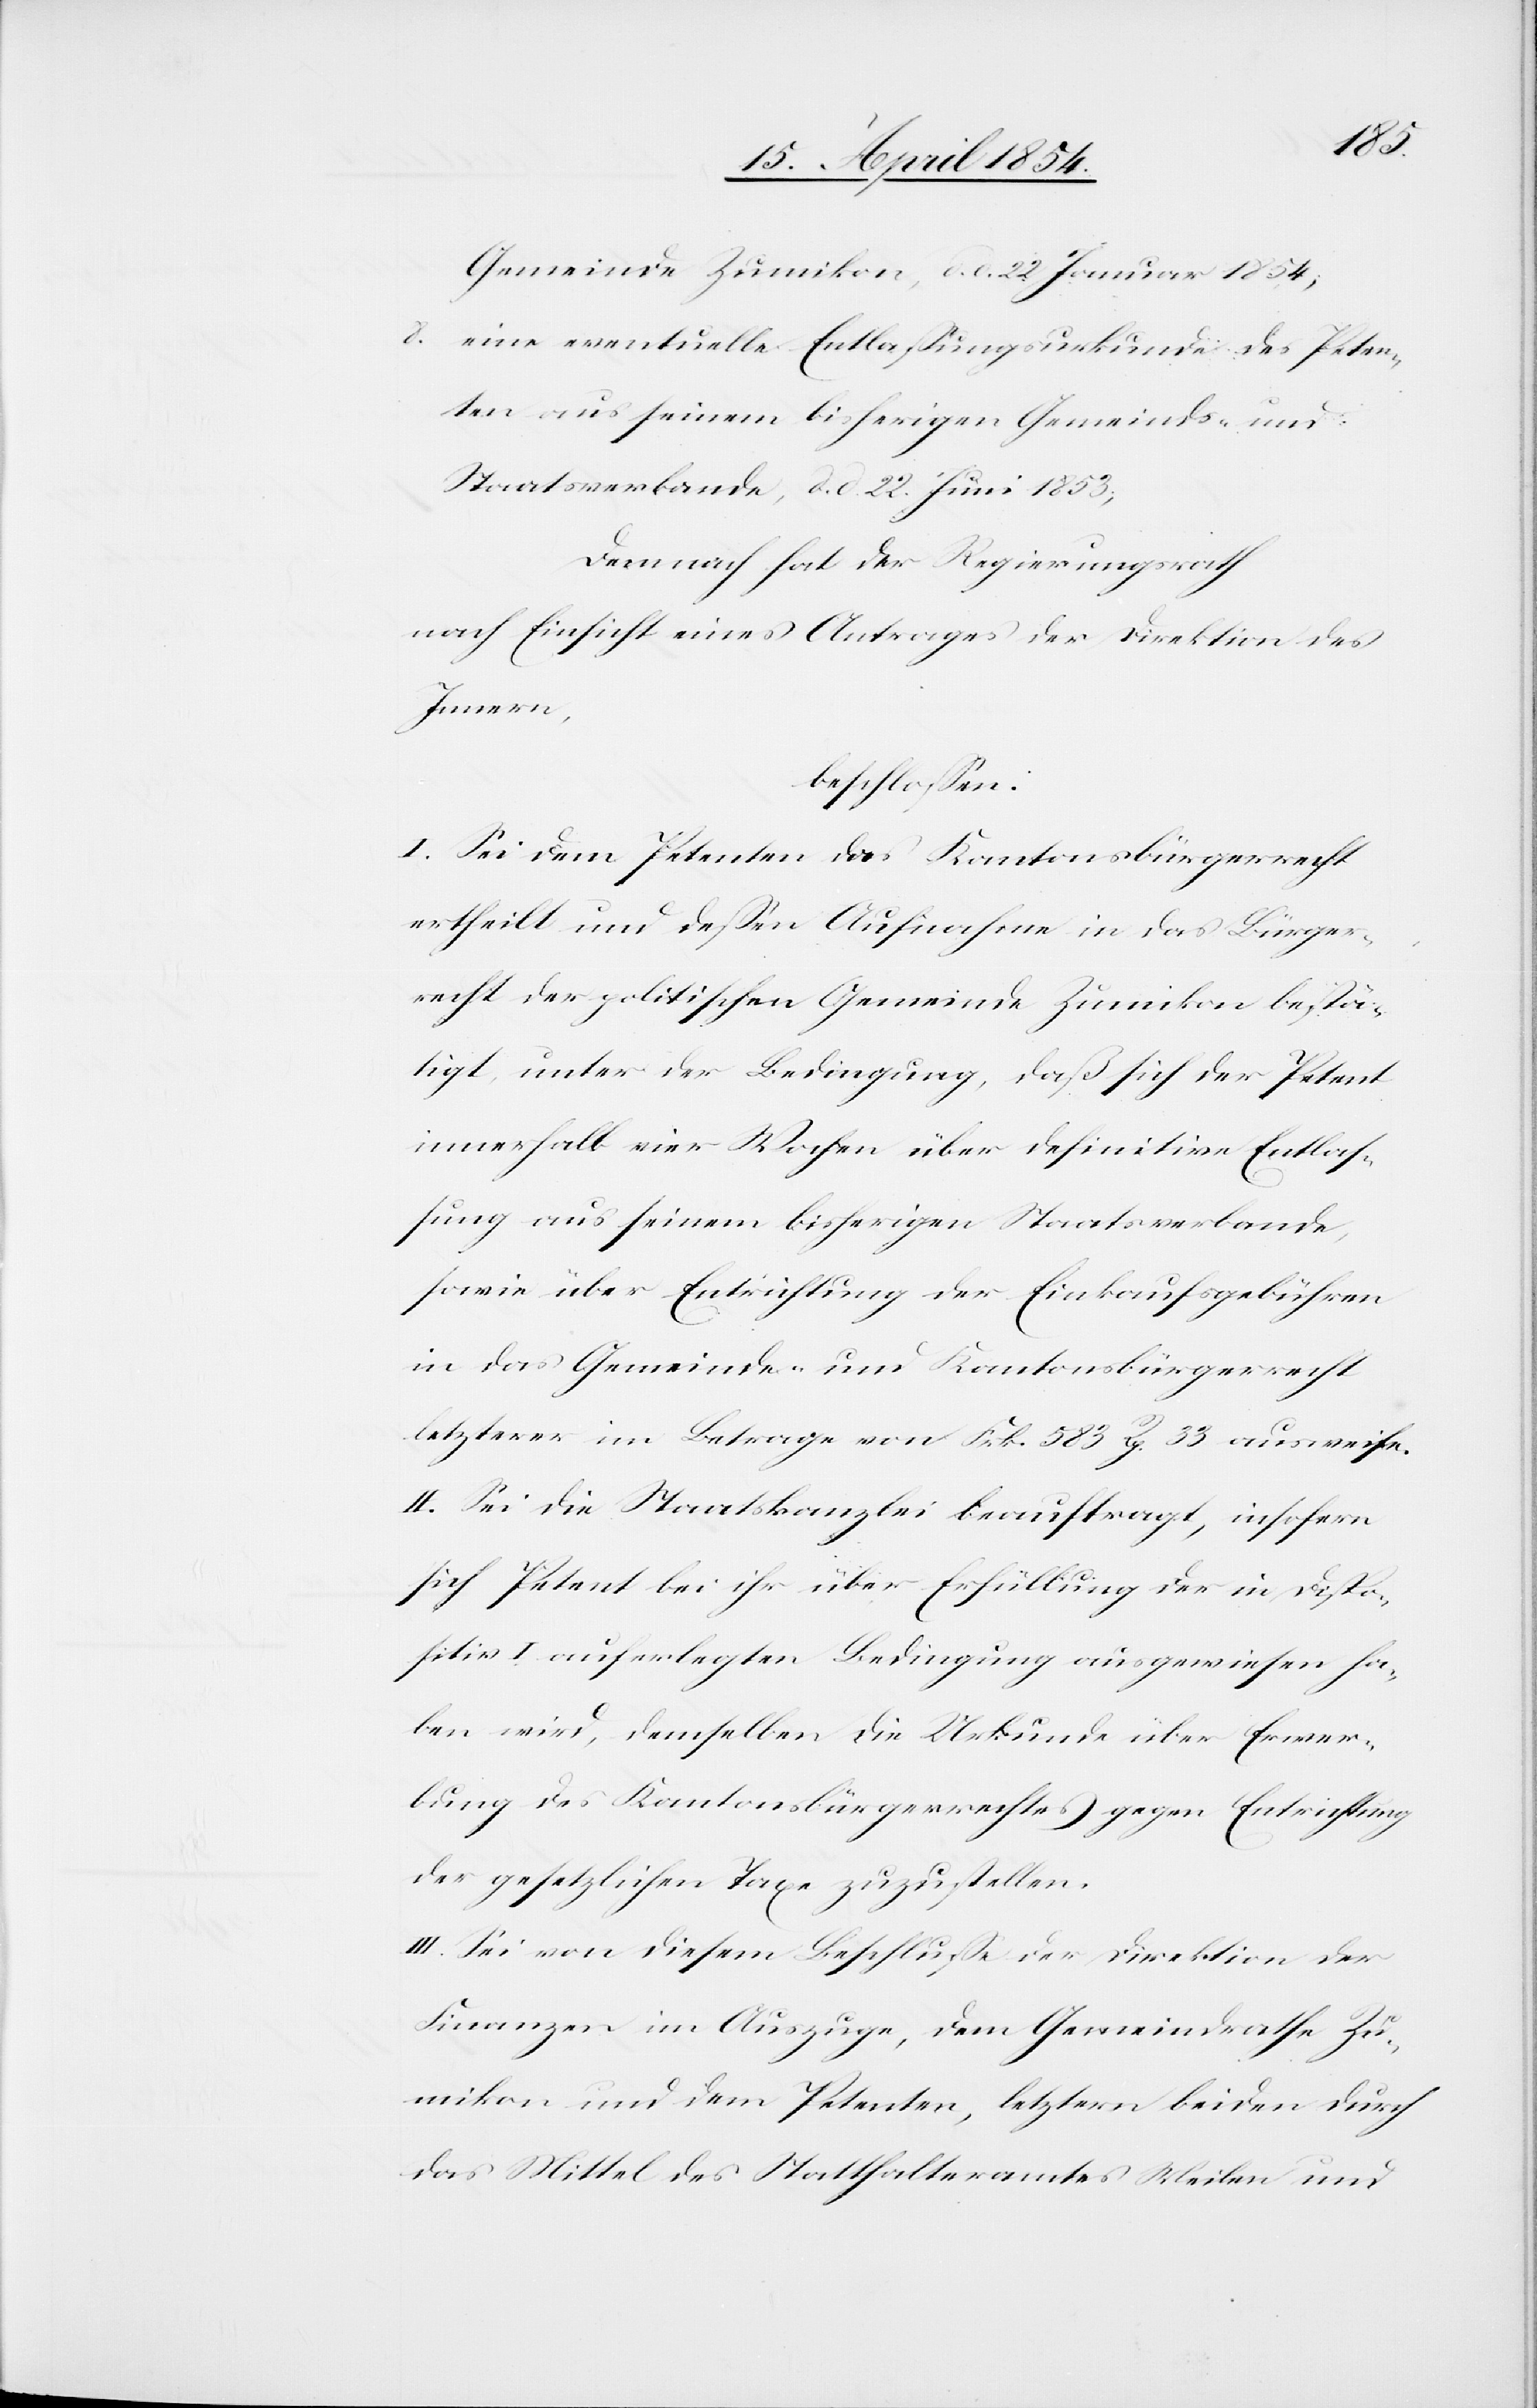
Gemeinde Zumikon, d. d. 22. Januar 1854;
8. eine eventuelle Entlaßungsurkunde des Peten¬
ten aus seinem bisherigen Gemeinds- und
Staatsverbande, d. d. 22. Juni 1853;
Demnach hat der Regierungsrath
nach Einsicht eines Antrages der Direktion des
Innern,
beschloßen:
I. Sei dem Petenten das Kantonsbürgerrecht
ertheilt und deßen Aufnahme in das Bürger¬
recht der politischen Gemeinde Zumikon bestä¬
tigt, unter der Bedingung, daß sich der Petent
innerhalb vier Wochen über definitive Entlaß¬
ung aus seinem bisherigen Staatsverbande
sowie über Entrichtung der Einkaufsgebühren
in das Gemeinde- und Kantonsbürgerrecht
letztere im Betrage von Frk. 583 Rp. 33 ausweise.
II. Sei die Staatskanzlei beauftragt, insofern
sich Petent bei ihr über Erfüllung der in Dispo¬
sitiv I auferlegten Bedingung ausgewiesen ha¬
ben wird, demselben die Urkunde über Erwer¬
bung des Kantonsbürgerrechtes gegen Entrichtung
der gesetzlichen Taxe zuzustellen.
III. Sei von diesem Beschluße der Direktion der
Finanzen im Auszuge, dem Gemeindrathe Zu¬
mikon und dem Petenten, letztern beiden durch
das Mittel des Statthalteramtes Meilen und